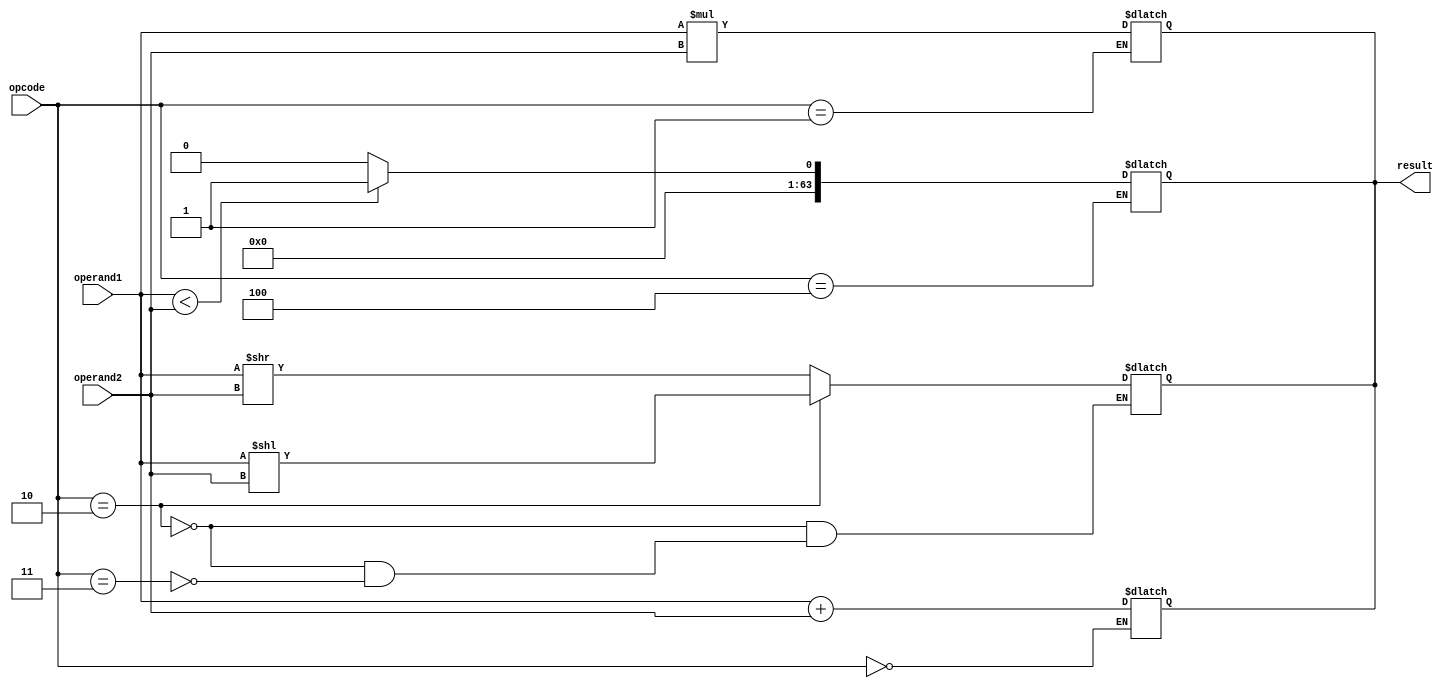
module ExtendedPrecisionFloatingPointUnit (
    input wire [63:0] operand1,
    input wire [63:0] operand2,
    input wire [3:0] opcode,
    output reg [63:0] result
);

// Adder block
always @(*) begin
    if (opcode == 4'b0000) begin // Addition
        result = operand1 + operand2;
    end
end

// Multiplier block
always @(*) begin
    if (opcode == 4'b0001) begin // Multiplication
        result = operand1 * operand2;
    end
end

// Shifter block
always @(*) begin
    if (opcode == 4'b0010) begin // Left shift
        result = operand1 << operand2;
    end
    else if (opcode == 4'b0011) begin // Right shift
        result = operand1 >> operand2;
    end
end

// Comparator block
always @(*) begin
    if (opcode == 4'b0100) begin // Less than
        if (operand1 < operand2)
            result = 64'b1;
        else
            result = 64'b0;
    end
end

endmodule